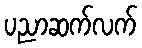
ပညာဆက်လက်